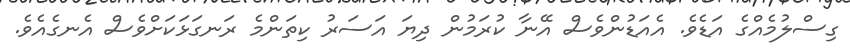
ގިސްލުމެއްގެ އަޑެވެ. އެއަޑުންވެސް އޭނާ ކުރަމުން ދިޔަ އަސަރު ކިތަންމެ ރަނގަޅަކަށްވެސް އެނގެއެވެ.